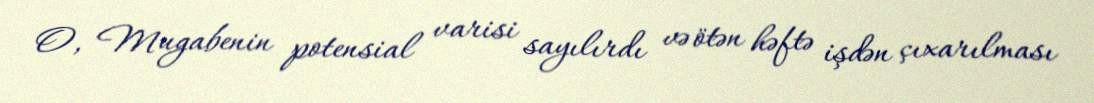
O, Mugabenin potensial varisi sayılırdı və ötən həftə işdən çıxarılması